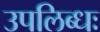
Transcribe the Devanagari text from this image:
उपलिब्धः